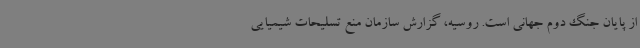
از پایان جنگ دوم جهانی است. روسیه، گزارش سازمان منع تسلیحات شیمیایی